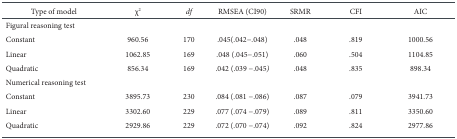
<table><thead><tr><td><b>Type of model</b></td><td><b>χ<sup>2</sup></b></td><td><b><i>df</i></b></td><td><b>RMSEA (CI90)</b></td><td><b>SRMR</b></td><td><b>CFI</b></td><td><b>AIC</b></td></tr></thead><tbody><tr><td>Figural reasoning test</td><td></td><td></td><td></td><td></td><td></td><td></td></tr><tr><td>Constant</td><td>960,56</td><td>170</td><td>.045(.042..048)</td><td>.048</td><td>.819</td><td>1000,56</td></tr><tr><td>Linear</td><td>1062,85</td><td>169</td><td>.048 (.045..051)</td><td>.060</td><td>.504</td><td>1104,85</td></tr><tr><td>Quadratic</td><td>856,34</td><td>169</td><td>.042 (.039 ..045)</td><td>.048</td><td>.835</td><td>898,34</td></tr><tr><td>Numerical reasoning test</td><td></td><td></td><td></td><td></td><td></td><td></td></tr><tr><td>Constant</td><td>3895,73</td><td>230</td><td>.084 (.081 ..086)</td><td>.087</td><td>.079</td><td>3941,73</td></tr><tr><td>Linear</td><td>3302,60</td><td>229</td><td>.077 (.074 ..079)</td><td>.089</td><td>.811</td><td>3350,60</td></tr><tr><td>Quadratic</td><td>2929,86</td><td>229</td><td>.072 (.070 ..074)</td><td>.092</td><td>.824</td><td>2977,86</td></tr></tbody></table>